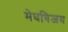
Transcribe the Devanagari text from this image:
मेघविजय